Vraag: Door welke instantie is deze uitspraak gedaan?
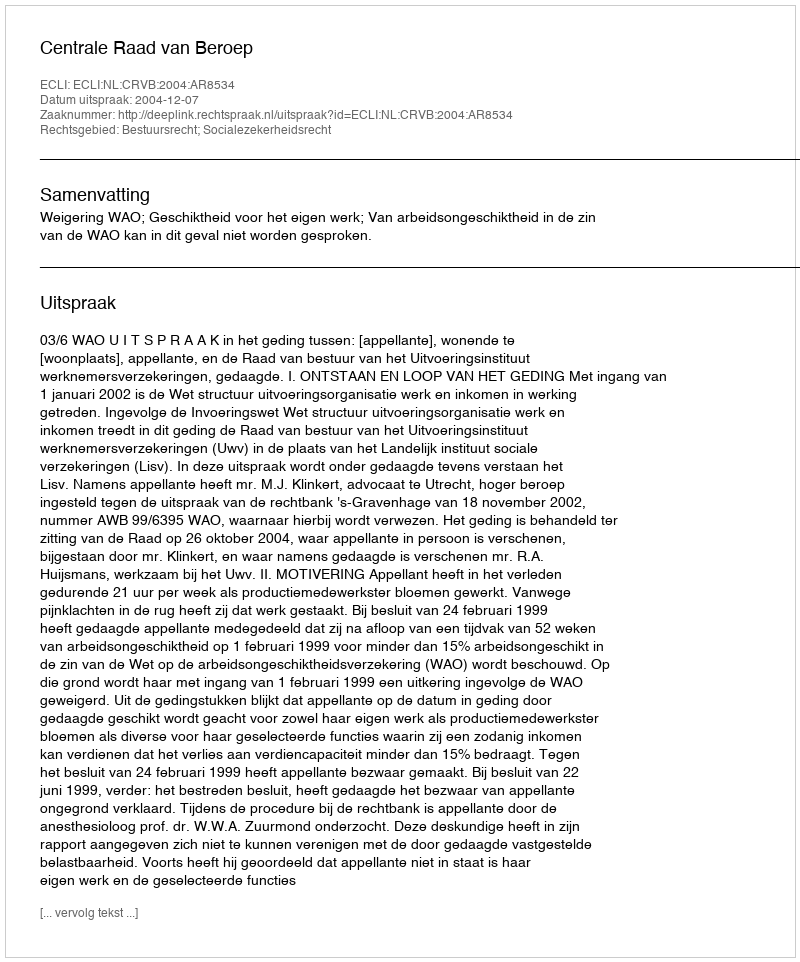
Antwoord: Centrale Raad van Beroep